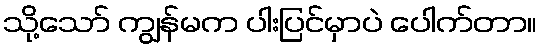
သို့သော် ကျွန်မက ပါးပြင်မှာပဲ ပေါက်တာ။